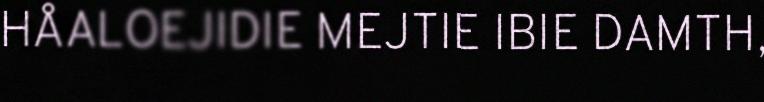
HÅALOEJIDIE MEJTIE IBIE DAMTH,